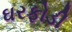
ઘરફોડી